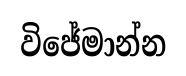
විජේමාන්න